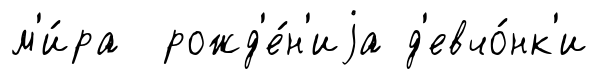
м'и́ра рожд'е́н'иjа д'евчо́нк'и